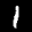
Label: 1